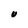
Character: U